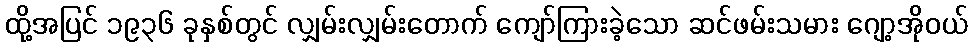
ထို့အပြင် ၁၉၃၆ ခုနှစ်တွင် လျှမ်းလျှမ်းတောက် ကျော်ကြားခဲ့သော ဆင်ဖမ်းသမား ဂျော့အိုဝယ်